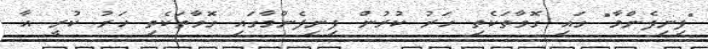
"ފިނިފެންމާ" ގައި ގޮވާތަކެތި ހަރު ކުރުން ފިނިފެންމާގައި ގޮވާތަކެތި ހަރު ކުރީ އާ